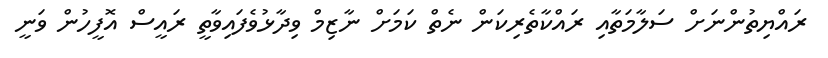
ރައްޔިތުންނަށް ސަލާމަތާއި ރައްކާތެރިކަން ނެތް ކަމަށް ނާޒިމް ވިދާޅުވެފައިވާތީ ރައީސް އޮފީހުން ވަނީ